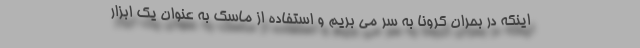
اینکه در بحران کرونا به سر می بریم و استفاده از ماسک به عنوان یک ابزار